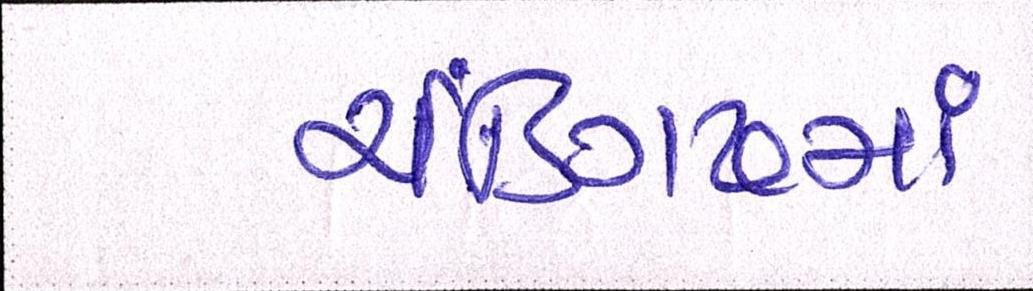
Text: ચંડિગઢમાં